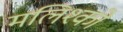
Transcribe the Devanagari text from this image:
मलिश्को